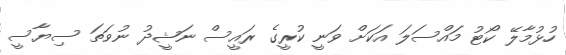
ހުޅުމާލޭ ކޯޓު މައްސަލަ އަކަށް ވަނީ ކުރީގެ ރައީސް ނަޝީދު ނުވަތަ ސިޔާސީ